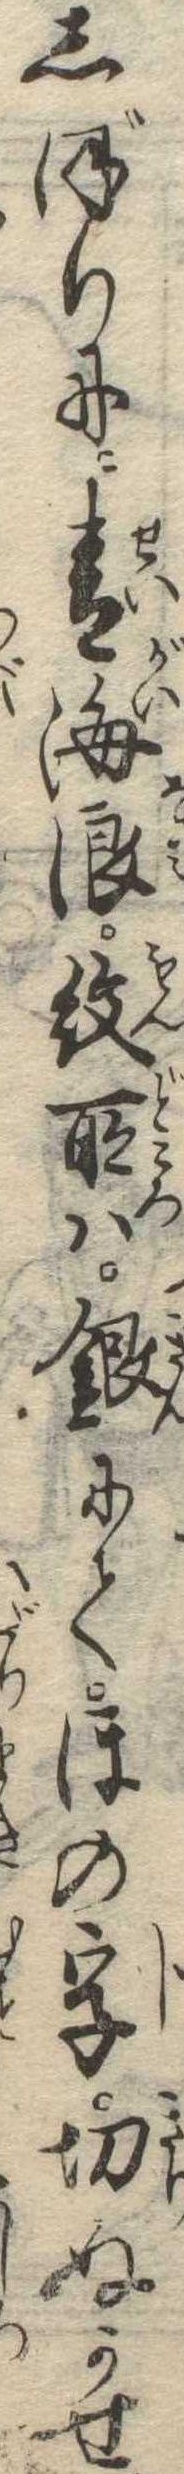
しぼりに青海浪紋所は銀にてほの字切ぬかせ